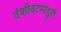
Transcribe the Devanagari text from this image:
वंशीवटमाधुरी